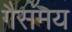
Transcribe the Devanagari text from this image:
गैसमय